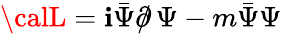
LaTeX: {\calL}=\mathbf{i}\bar{{\Psi}}\partial\! \! \! /\, \Psi-m\bar{{\Psi}}\Psi